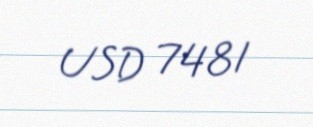
USD 7481